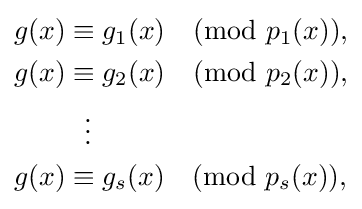
{\begin{aligned}g(x)&{}\equiv g_{1}(x){\pmod {p_{1}(x)}},\\g(x)&{}\equiv g_{2}(x){\pmod {p_{2}(x)}},\\&{}\ \ \vdots \\g(x)&{}\equiv g_{s}(x){\pmod {p_{s}(x)}},\end{aligned}}